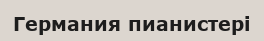
Германия пианистері